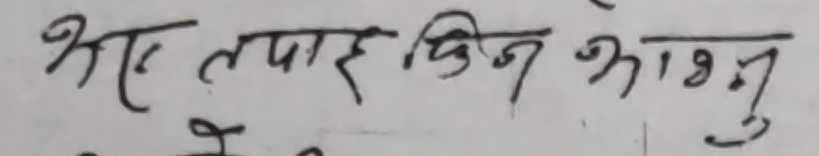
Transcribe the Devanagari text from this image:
भए तयार किन भएनु